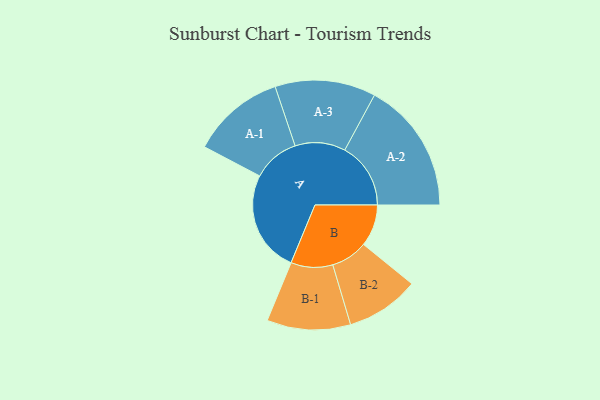
{"axis": {"x": "Segment", "y": "Value"}, "legend": ["", "A", "B"], "data": [{"x": "A", "y": 419, "type": ""}, {"x": "B", "y": 172, "type": ""}, {"x": "A-1", "y": 192, "type": "A"}, {"x": "A-2", "y": 271, "type": "A"}, {"x": "A-3", "y": 207, "type": "A"}, {"x": "B-1", "y": 172, "type": "B"}, {"x": "B-2", "y": 151, "type": "B"}]}